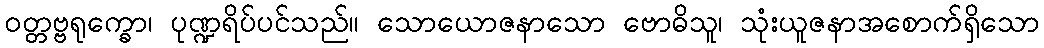
ဝတ္တဗ္ဗရုက္ခော၊ ပုဏ္ဍရိပ်ပင်သည်။ သောယောဇနာသော ဗောဓိသူ၊ သုံးယူဇနာအစောက်ရှိသော